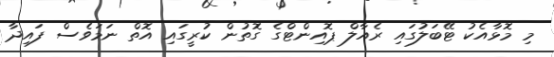
މި މޮޅާއެކު ޓޭބަލުގައި ރެއާލް ޕޮއިންޓްގެ ގޮތުން ކުރީގައި އޮތް ނަމަވެސް ފައިދާ